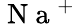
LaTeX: \mathrm{~N~a~}^{+}